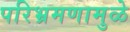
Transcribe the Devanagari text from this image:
परिभ्रमणामुळे